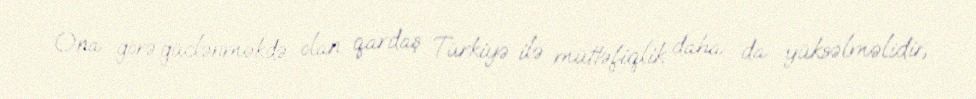
Ona görə güclənməkdə olan qardaş Türkiyə ilə müttəfiqlik daha da yüksəlməlidir,